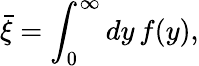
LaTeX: \bar{\xi}=\int_{0}^{\infty}dy\, f(y),